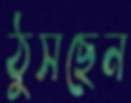
ঠুসছেন